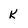
Character: K